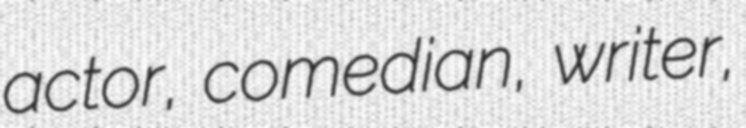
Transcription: actor, comedian, writer,